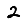
Digit: 2